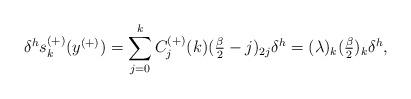
LaTeX: \begin{align*} \delta^h s^{(+)}_k(y^{(+)})=\sum_{j=0}^k C^{(+)}_j(k)(\tfrac{\beta}{2}-j)_{2j}\delta^h = (\lambda)_k(\tfrac{\beta}{2})_k\delta^h, \end{align*}